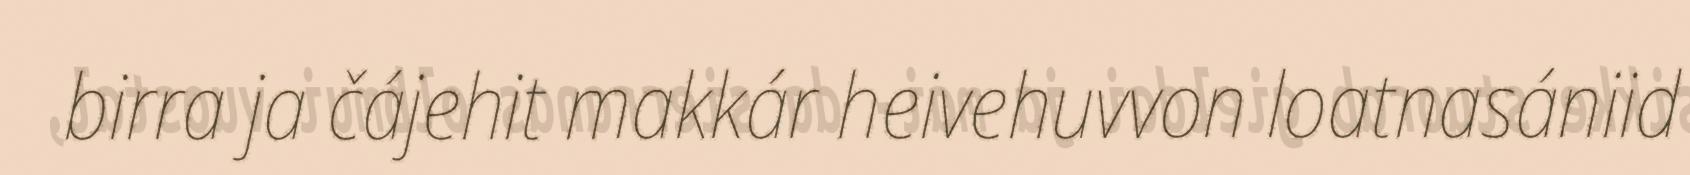
birra ja čájehit makkár heivehuvvon loatnasániid